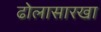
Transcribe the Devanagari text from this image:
ढोलासारखा